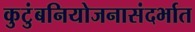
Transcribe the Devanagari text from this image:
कुटुंबनियोजनासंदर्भात